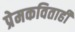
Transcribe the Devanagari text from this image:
प्रेमकविताही